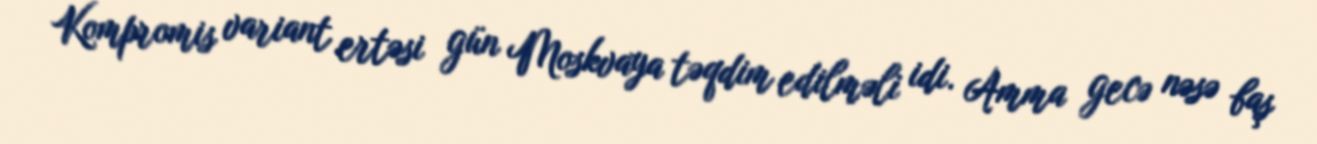
Kompromis variant ertəsi gün Moskvaya təqdim edilməli idi. Amma gecə nəsə baş